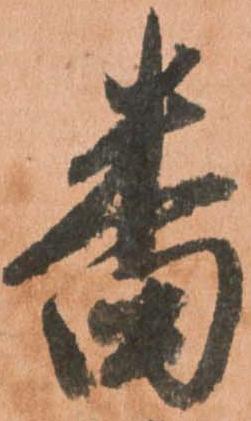
番